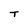
Character: T